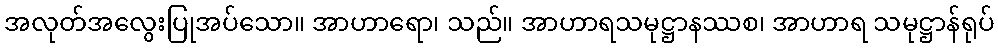
အလုတ်အလွေးပြုအပ်သော။ အာဟာရော၊ သည်။ အာဟာရသမုဋ္ဌာနဿစ၊ အာဟာရ သမုဋ္ဌာန်ရုပ်